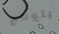
يتوقع